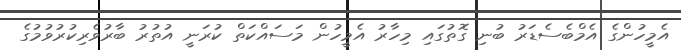
އެމީހުންގެ އެމްބެސެޑަރު ބުނި ގޮތުގައި މިހާރު އެމީހުން މަސައްކަތް ކުރަނީ އުތުރު ބާރުވެރިކުރުވުމުގެ